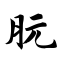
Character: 朊